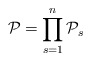
\begin{align*}{\cal P} = \prod\limits_{s=1}^n {{\cal P}}_s\end{align*}